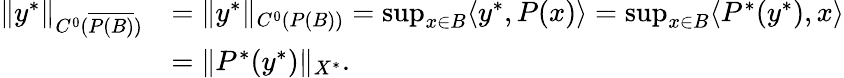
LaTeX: \begin{array}{rl}{\| y^{*}\| _{C^{0}(\overline{{P(B)}})}}&{=\| y^{*}\| _{C^{0}(P(B))}=\operatorname*{sup}_{x\in B}\langle y^{*},P(x)\rangle=\operatorname*{sup}_{x\in B}\langle P^{*}(y^{*}),x\rangle}\\ &{=\| P^{*}(y^{*})\| _{X^{*}}.}\end{array}